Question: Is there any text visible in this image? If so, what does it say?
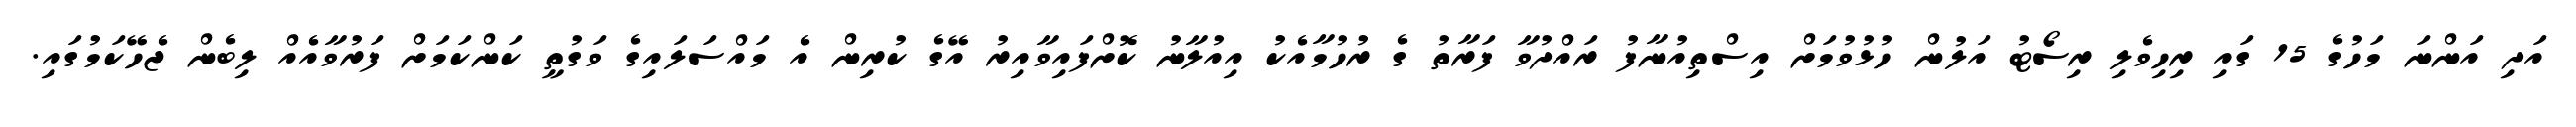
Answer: އަދި އަންނަ މަހުގެ 15 ގައި ރިހިވެލި ރިސޯޓު އަލުން ހުޅުވުމަށް އިސްތިއުނާފު ރައްދުވާ ފަރާތު ގެ ރުހުމާއެކު އިއުލާނު ކޮށްފައިވާއިރު އޭގެ ކުރިން އެ މައްސަލައިގެ ވަގުތީ ކަންކަމަށް ފަރުވާއެއް ލިބެން ޖެހޭކަމުގައި.